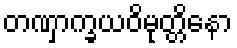
တဏှာက္ခယဝိမုတ္တိနော